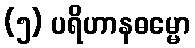
(၅) ပရိဟာနဓမ္မော